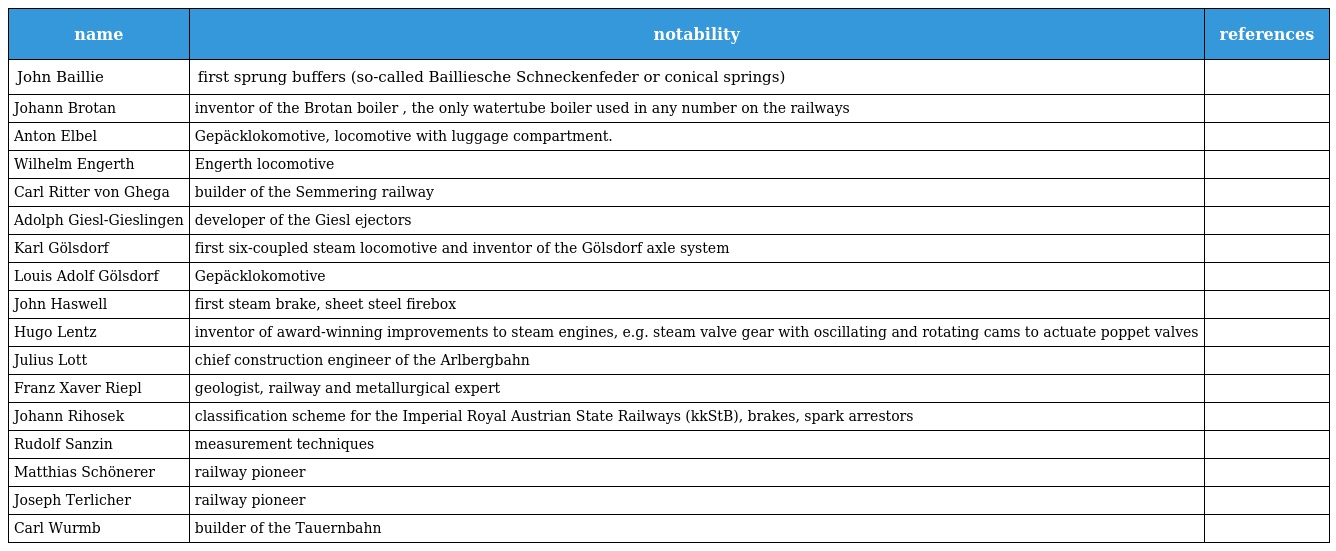
| name | notability | references |
 | --- | --- | --- |
 | John Baillie | first sprung buffers (so-called Bailliesche Schneckenfeder or conical springs) |  |
 | Johann Brotan | inventor of the Brotan boiler , the only watertube boiler used in any number on the railways |  |
 | Anton Elbel | Gepäcklokomotive, locomotive with luggage compartment. |  |
 | Wilhelm Engerth | Engerth locomotive |  |
 | Carl Ritter von Ghega | builder of the Semmering railway |  |
 | Adolph Giesl-Gieslingen | developer of the Giesl ejectors |  |
 | Karl Gölsdorf | first six-coupled steam locomotive and inventor of the Gölsdorf axle system |  |
 | Louis Adolf Gölsdorf | Gepäcklokomotive |  |
 | John Haswell | first steam brake, sheet steel firebox |  |
 | Hugo Lentz | inventor of award-winning improvements to steam engines, e.g. steam valve gear with oscillating and rotating cams to actuate poppet valves |  |
 | Julius Lott | chief construction engineer of the Arlbergbahn |  |
 | Franz Xaver Riepl | geologist, railway and metallurgical expert |  |
 | Johann Rihosek | classification scheme for the Imperial Royal Austrian State Railways (kkStB), brakes, spark arrestors |  |
 | Rudolf Sanzin | measurement techniques |  |
 | Matthias Schönerer | railway pioneer |  |
 | Joseph Terlicher | railway pioneer |  |
 | Carl Wurmb | builder of the Tauernbahn |  |